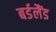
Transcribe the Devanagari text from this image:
बर्डलैंड